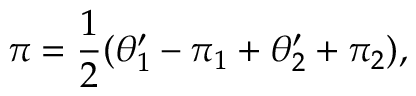
\pi = { \frac { 1 } { 2 } } ( \theta _ { 1 } ^ { \prime } - \pi _ { 1 } + \theta _ { 2 } ^ { \prime } + \pi _ { 2 } ) ,